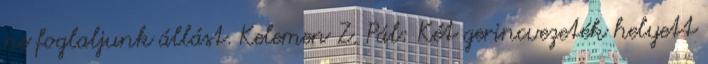
ne foglaljunk állást. Kelemen Z. Pál: Két gerincvezeték helyett